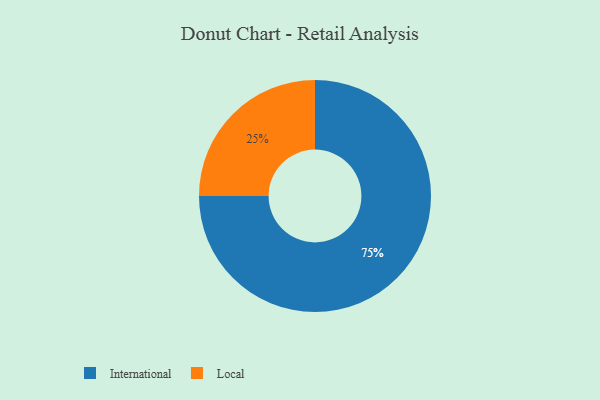
{"axis": {"x": "Category", "y": "Percentage"}, "legend": ["International", "Local"], "data": [{"x": "International", "y": 75, "type": "International"}, {"x": "Local", "y": 25, "type": "Local"}]}